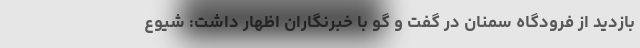
بازدید از فرودگاه سمنان در گفت و گو با خبرنگاران اظهار داشت: شیوع